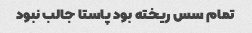
تمام سس ریخته بود پاستا جالب نبود